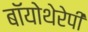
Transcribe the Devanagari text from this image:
बॉयोथेरेपी